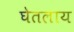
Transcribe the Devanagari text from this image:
घेतलाय